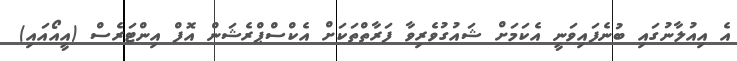
އެ އިއުލާނުގައި ބުނެފައިވަނީ އެކަމަށް ޝައުގުވެރިވާ ފަރާތްތަކަށް އެކްސްޕްރެޝަން އޮފް އިންޓަރެސް (އީއޯއައި)